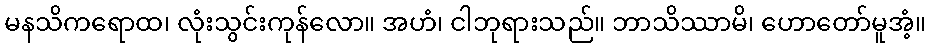
မနသိကရောထ၊ လုံးသွင်းကုန်လော။ အဟံ၊ ငါဘုရားသည်။ ဘာသိဿာမိ၊ ဟောတော်မူအံ့။